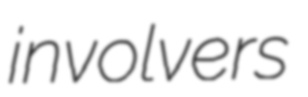
involvers